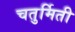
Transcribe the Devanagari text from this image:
चतुर्मिती